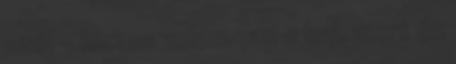
szól - biztos velem van a baj, mert én